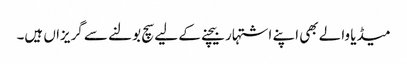
میڈیا والے بھی اپنے اشتہار بیچنے کے لیے سچ بولنے سے گریزاں ہیں۔